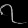
Digit: ၇